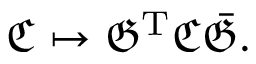
{ \mathfrak { C } } \mapsto { \mathfrak { G } } ^ { \mathrm { T } } { \mathfrak { C } } { \bar { \mathfrak { G } } } .